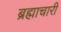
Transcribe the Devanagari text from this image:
ब्रह्माचारी